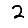
Digit: 2